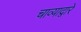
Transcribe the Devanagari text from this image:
चाव्याद्वारे